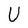
Character: U